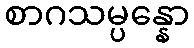
စာဂသမ္ပန္နော